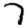
Digit: 7